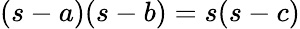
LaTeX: \displaystyle(s-a)(s-b)=s(s-c)